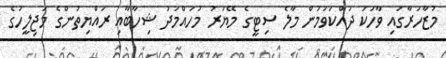
މުޒާހަރާގައި ވާހަކަ ދައްކަވަމުން މާލެ ސިޓީގެ މޭޔަރު މުހައްމަދު ޝިހާބާއި ރައްޔިތުންގެ މަޖިލީހުގެ